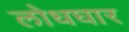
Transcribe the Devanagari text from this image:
लोधघार